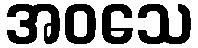
အဝသေ